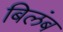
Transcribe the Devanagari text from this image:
बिलंब